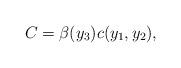
LaTeX: \begin{align*}C=\beta(y_{3})c(y_{1},y_{2}),\end{align*}